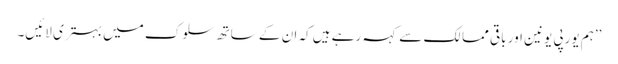
’’ہم یورپی یونین اور باقی ممالک سے کہہ رہے ہیں کہ ان کے ساتھ سلوک میں بہتری لائیں۔